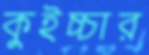
কুইচ্চার